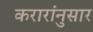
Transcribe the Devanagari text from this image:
करारांनुसार